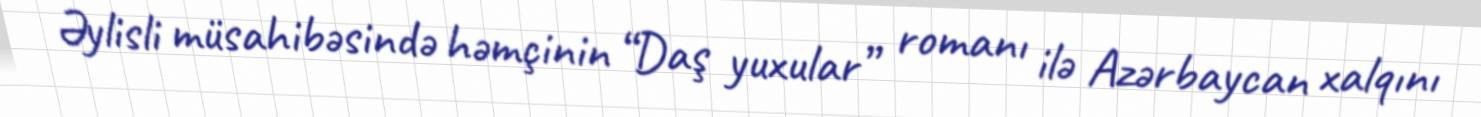
Əylisli müsahibəsində həmçinin “Daş yuxular” romanı ilə Azərbaycan xalqını